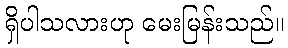
ရှိပါသလားဟု မေးမြန်းသည်။